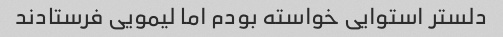
دلستر استوایی خواسته بودم اما لیمویی فرستادند